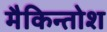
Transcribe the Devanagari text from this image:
मैकिन्तोश